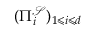
( \Pi _ { i } ^ { \mathcal { S } } ) _ { 1 \leqslant i \leqslant d }